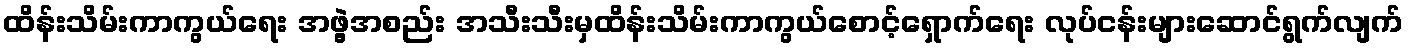
ထိန်းသိမ်းကာကွယ်ရေး အဖွဲ့အစည်း အသီးသီးမှထိန်းသိမ်းကာကွယ်စောင့်ရှောက်ရေး လုပ်ငန်းများဆောင်ရွက်လျက်